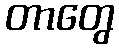
တာတွေ